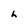
Character: h